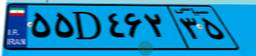
۵۵D۴۶۲۳۵